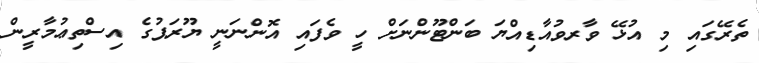
ތެރޭގައި މި އުޅޭ ވާރވުއާޑިއްޔަ ބަންޓޫންނަށް ހީ ވެފައި އޮންނަނީ ޔޫރަޕުގެ އިސްތިޢުމާރީން